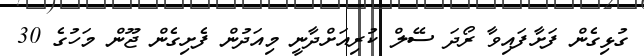
ގުޅިގެން ފަށާފައިވާ ރޯދަ ސޭލް ކުރިއަށްދާނީ މިއަދުން ފެށިގެން ޖޫން މަހުގެ 30